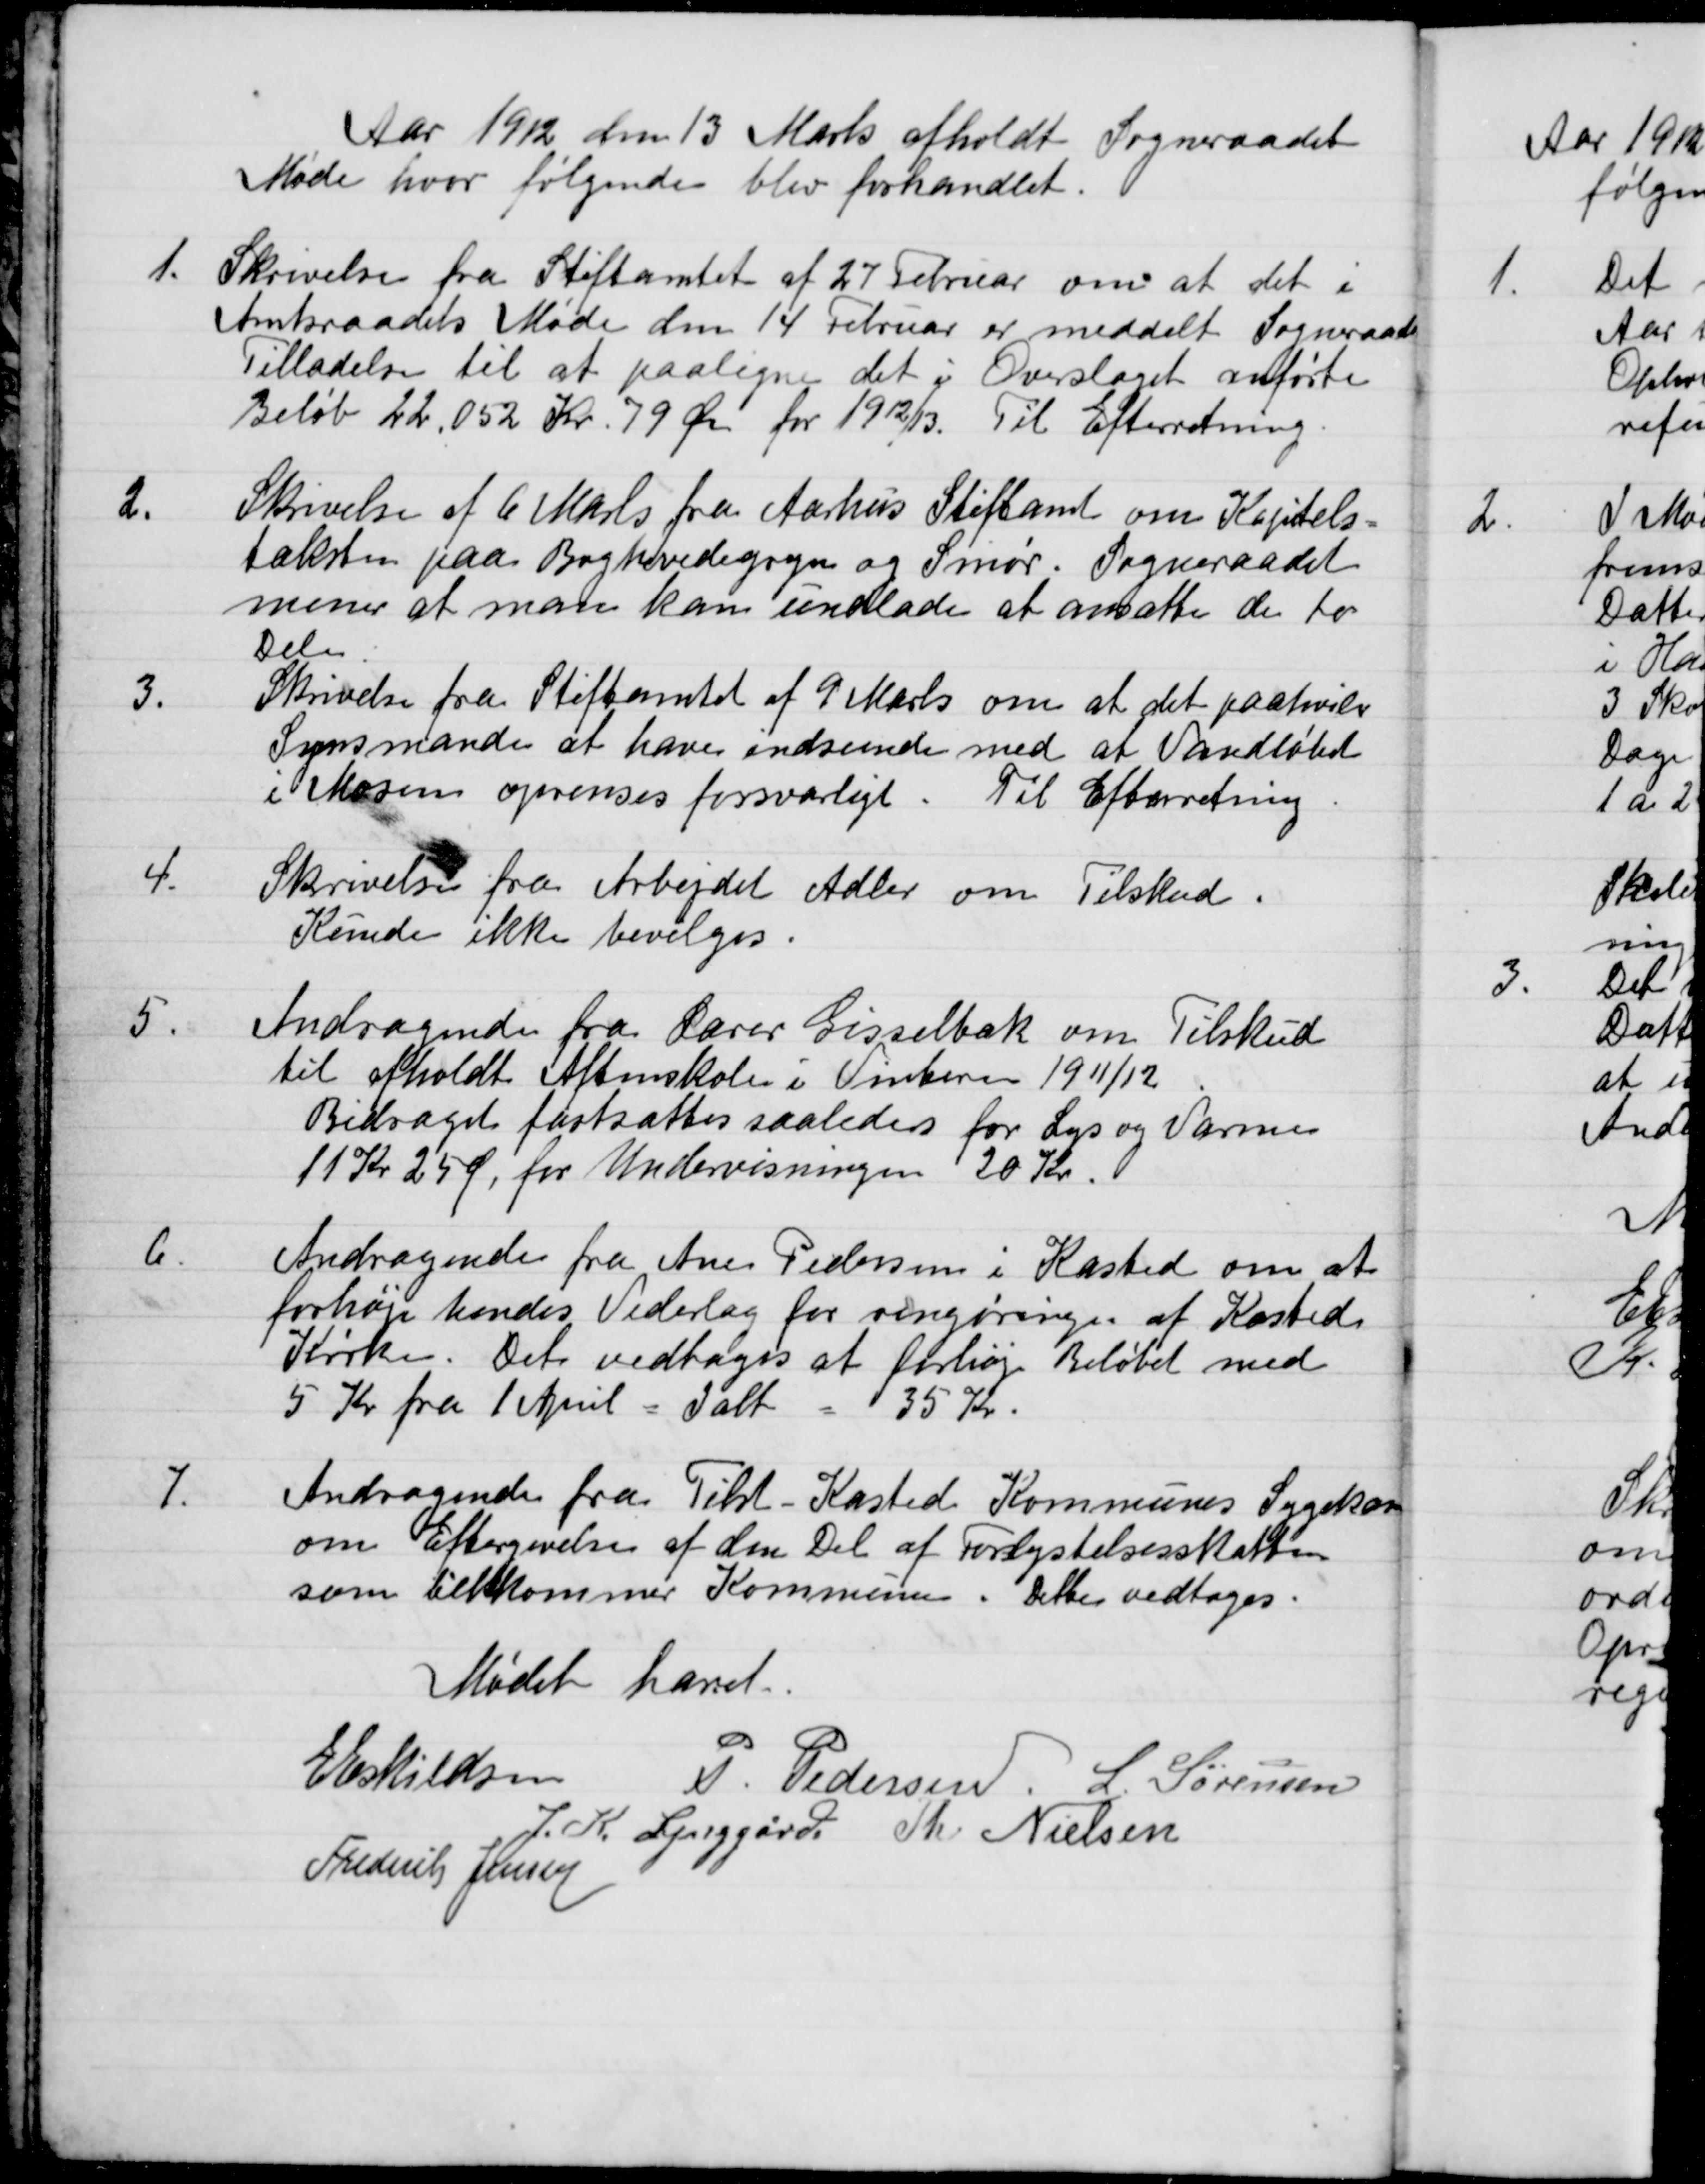
Transskription:
Aar 1912 den 13 Marts afholdt Sogneraadet
Møde hvor følgende blev forhandlet.
1. 
Skrivelse fra Stiftamtet af 27 Februar om at det i 
Amtsraadets Møde den 14 Februar er meddelt Sogneraadet
Tilladelse til at paaligne det i Overslaget anførte
Beløb 22.052 Kr. 79 Øre for 1912/13. Til Efterretning.
2.
Skrivelse af 6 Marts fra Aarhus Stiftamt om Kapitels-
taksten paa Boghvedegryn og Smør. Sogneraadet
mener at man kan undlade at ansætte de to
Dele.
3.
Skrivelse fra Stiftamtet af 9 Marts om at det paahviler
Synsmande at have indseende med at Vandløbet
Mosen oprenses forsvarligt.
Til Efterretning.
4.
Skrivelse fra Arbejdet Adler om Tilskud.
Kunde ikke bevilges.
5.
Andragende fra Lærer Gisselbæk om Tilskud
til afholdt Aftenskolee i Vinteren 1911/12
Bidraget fastsattes saaledes for Lys og Varme
11 Kr 25 Ø for Undervisningen 20 Kr.
6.
Andragende fra Ane Pedersen i Kasted om at
forhøje hendes Vederlag for rengøringen af Kasted
Kirke. Det vedtoges at forhøje Beløbet med
5 Kr fra 1 April
I alt
35 Kr.
7.
Andragende fra Tilst-Kasted Kommunes Sygekass
om Eftergivelse af den Del af Forlystelsesskatten
som tilkommer Kommunen. Dette vedtoges.
Mødet hævet
E Eskildsen
P. Pedersen
L. Sørensen
J. K. Lynggård
Th. Nielsen
Frederik Jensen